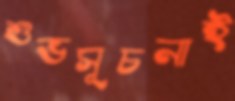
শুভসূচনাই